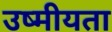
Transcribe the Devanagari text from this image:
उष्मीयता